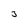
Character: J